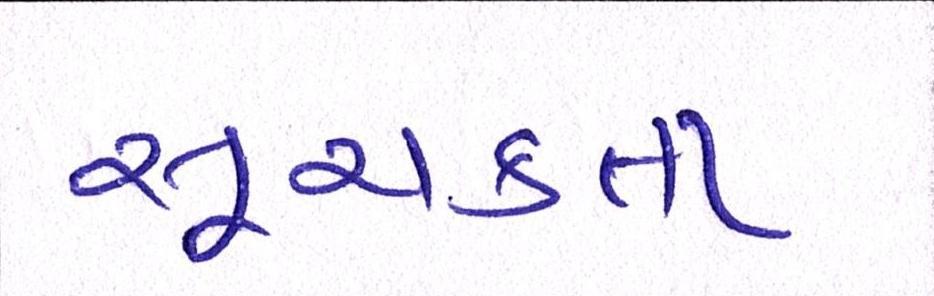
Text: સૂચકતા